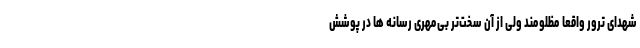
شهدای ترور واقعا مظلومند ولی از آن سخت‌تر بی‌مهری رسانه ها در پوشش